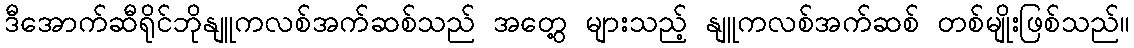
ဒီအောက်ဆီရိုင်ဘိုနျူကလစ်အက်ဆစ်သည် အတွေ့ များသည့် နျူကလစ်အက်ဆစ် တစ်မျိုးဖြစ်သည်။